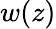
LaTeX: w(z)